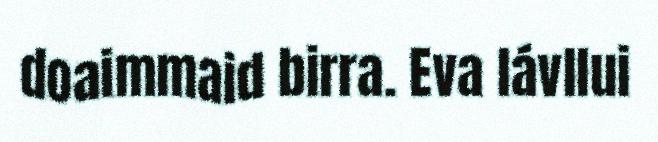
doaimmaid birra. Eva lávllui